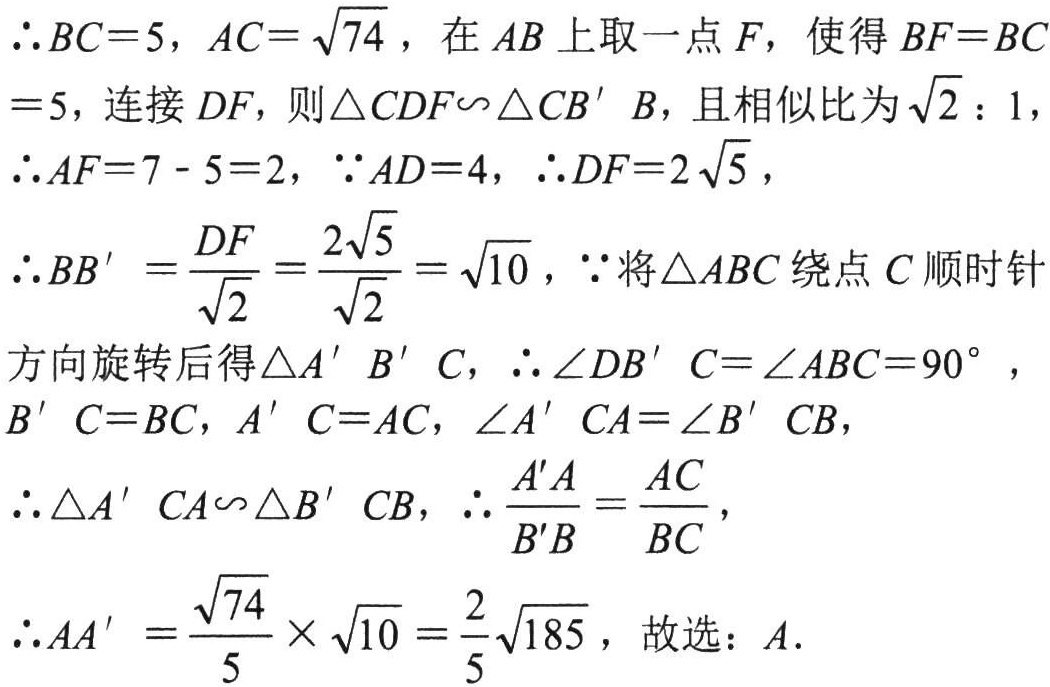
$\therefore BC = 5$，$AC=\sqrt{74}$，在$AB$上取一点$F$，使得$BF = BC$
$= 5$，连接$DF$，则$\triangle CDF\backsim\triangle CB'B$，且相似比为$\sqrt{2}:1$，
$\therefore AF = 7 - 5 = 2$，$\because AD = 4$，$\therefore DF = 2\sqrt{5}$，
$\therefore BB'=\frac{DF}{\sqrt{2}}=\frac{2\sqrt{5}}{\sqrt{2}}=\sqrt{10}$，$\because$将$\triangle ABC$绕点$C$顺时针
方向旋转后得$\triangle A'B'C$，$\therefore\angle DB'C=\angle ABC = 90^{\circ}$，
$B'C = BC$，$A'C = AC$，$\angle A'CA=\angle B'CB$，
$\therefore\triangle A'CA\backsim\triangle B'CB$，$\therefore\frac{A'A}{B'B}=\frac{AC}{BC}$，
$\therefore AA'=\frac{\sqrt{74}}{5}\times\sqrt{10}=\frac{2}{5}\sqrt{185}$，故选：$A$.